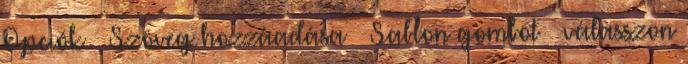
Opciók → Szöveg hozzáadása → Sablon gombot → válasszon